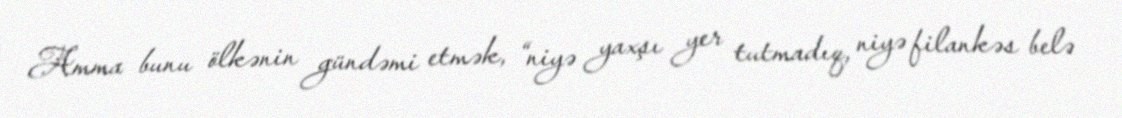
Amma bunu ölkənin gündəmi etmək, “niyə yaxşı yer tutmadıq, niyə filankəs belə